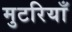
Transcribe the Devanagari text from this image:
मुटरियाँ